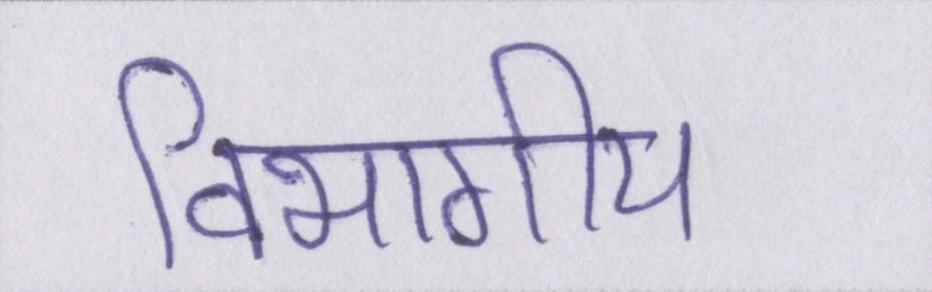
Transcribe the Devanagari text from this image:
विभागीय